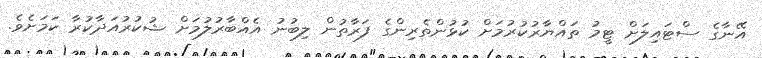
އޭނާގެ ސްޓައިލަށް ޓީމު ތައްޔާރުކުރުމަށް ކުޅުންތެރިންގެ ފަރާތުން ލިބުނު އެއްބާރުލުމަށް ޝުކުރުއަދާކުރާ ކަމަށެވެ.